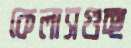
কেলাসগুচ্ছ